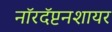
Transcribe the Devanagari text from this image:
नॉरदॅप्टनशायर